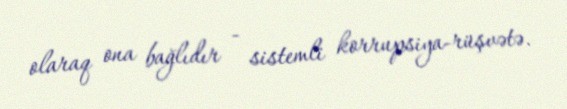
olaraq ona bağlıdır - sistemli korrupsiya-rüşvətə.